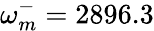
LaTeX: \omega_{m}^{-}=2896.3